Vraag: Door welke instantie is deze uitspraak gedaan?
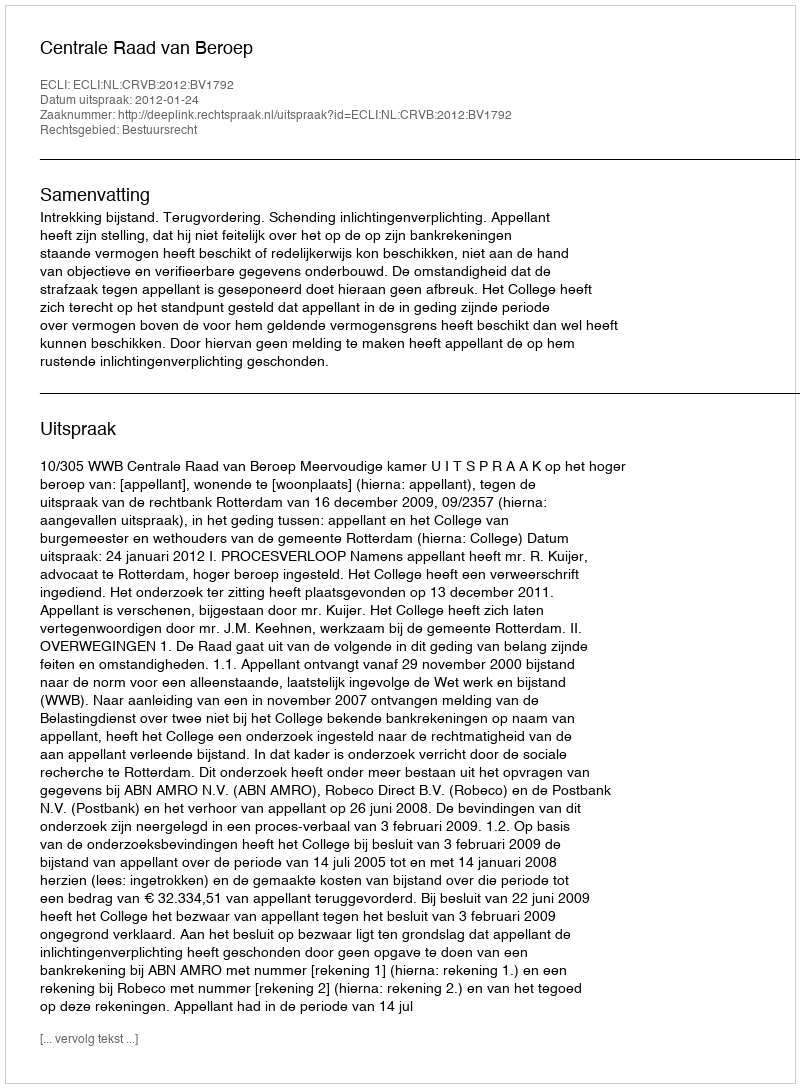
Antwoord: Centrale Raad van Beroep